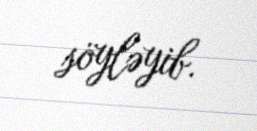
söyləyib.